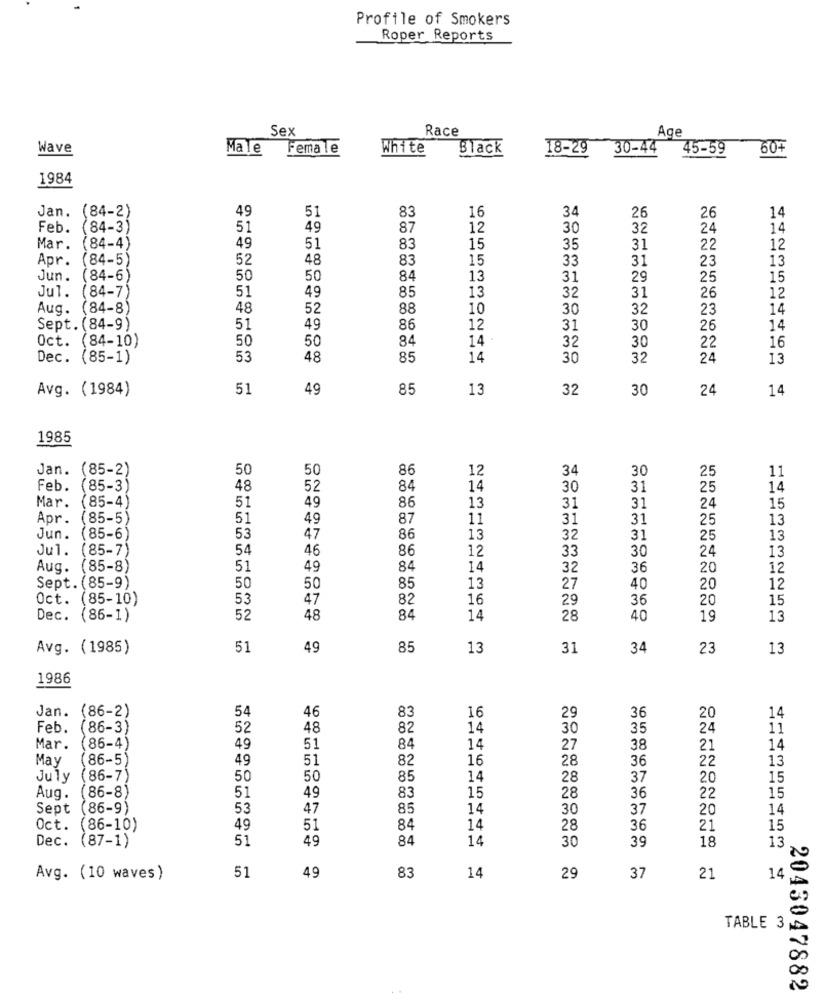
Profile of Smokers
Roper Reports
Sex
Race
Age
Wave
Male
Female
White
Black
18-29
30-44
45-59
60+
1984
Jan. (84-2)
49
51
34
83
16
26
26
14
Feb.
(84-3
51
49
87
12
30
32
24
14
Mar.
(84-4)
49
51
83
15
35
31
22
12
Apr.
84-5)
52
48
83
15
33
31
23
13
Jun.
84-6)
50
50
84
13
31
29
25
15
Jul. (84-7)
51
85
13
31
26
12
49
32
Aug. (84-8)
48
52
88
10
30
32
23
14
Sept. (84-9)
51
49
86
12
31
30
26
14
Oct. (84-10)
50
50
84
14
16
32
30
22
Dec. (85-1)
53
48
85
14
30
32
24
13
Avg. (1984)
51
49
85
13
32
30
24
14
1985
Jan.
(85-2)
50
50
86
12
34
30
25
11
Feb.
(85-3)
48
52
84
14
30
31
25
14
Mar.
86
(85-4)
51
49
13
31
31
24
15
Apr .
(85-5)
51
49
87
11
31
31
25
13
Jun.
(85-6)
53
47
86
13
32
31
25
13
Jul.
(85-7)
54
46
86
12
33
30
24
13
Aug. (85-8)
51
49
84
14
32
36
20
12
Sept. (85-9)
50
50
85
13
27
40
20
12
Oct. (85-10)
53
47
82
16
29
36
20
15
Dec. (86-1)
52
48
84
14
28
40
19
13
Avg. (1985)
51
49
85
13
31
34
23
13
1986
Jan. (86-2)
54
46
83
16
29
36
20
14
Feb.
(86-3)
52
48
82
14
30
35
24
11
Mar.
(86-4)
49
51
84
14
27
38
21
14
May
(86-5)
49
51
82
16
28
36
22
13
July
86-7)
50
50
85
14
28
37
20
15
86-8)
15
Aug.
51
49
83
28
36
22
15
Sept
(86-9)
53
47
85
14
30
37
20
14
Oct. (86-10)
49
51
84
14
28
36
21
15
Dec. (87-1)
51
49
84
14
30
39
18
13
51
83
14
Avg. (10 waves)
49
29
37
21
14
TABLE 3
2043047882